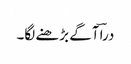
دراؔ آگے بڑھنے لگا۔